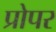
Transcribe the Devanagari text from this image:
प्रोपर